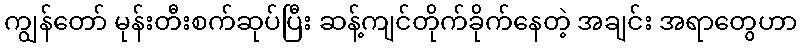
ကျွန်တော် မုန်းတီးစက်ဆုပ်ပြီး ဆန့်ကျင်တိုက်ခိုက်နေတဲ့ အချင်း အရာတွေဟာ